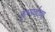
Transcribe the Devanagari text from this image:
कुंभपर्वाच्या